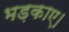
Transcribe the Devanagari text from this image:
भड़काए।